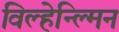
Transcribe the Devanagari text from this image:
विल्हेन्ल्मिन